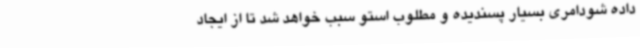
داده شودامری بسیار پسندیده و مطلوب استو سبب خواهد شد تا از ایجاد